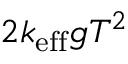
2 k _ { \mathrm { e f f } } g T ^ { 2 }